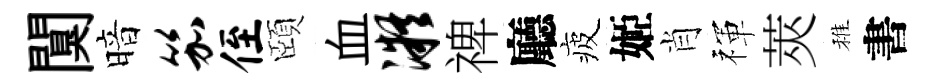
闃暗笳侄頤血凝禆廳疲姬肖禈莢稚書